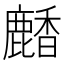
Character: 𪋒